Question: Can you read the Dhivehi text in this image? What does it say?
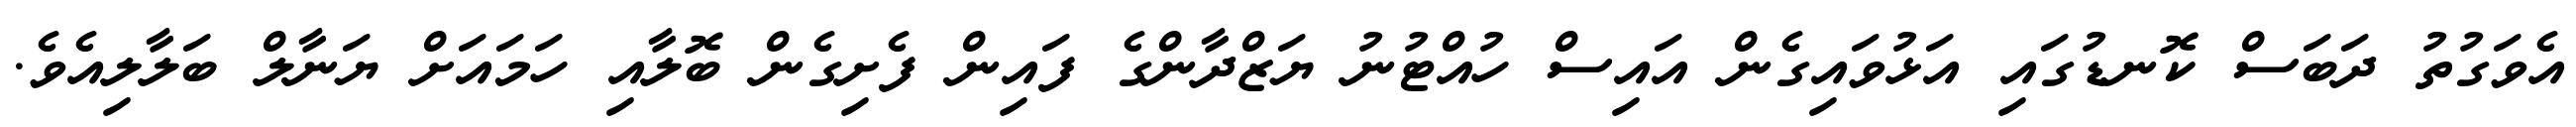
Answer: އެވަގުތު ދަބަސް ކޮނޑުގައި އަޅުވައިގެން އައިސް ހުއްޓުނު ޔަޒްދާންގެ ފައިން ފެށިގެން ބޮލާއި ހަމައަށް ޔަނާލް ބަލާލިއެވެ.